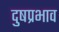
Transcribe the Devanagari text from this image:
दुषप्रभाव